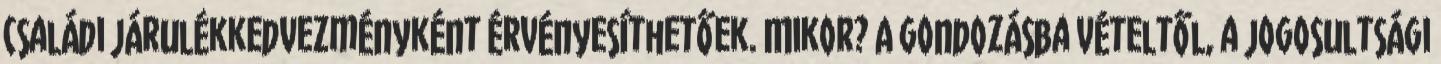
családi járulékkedvezményként érvényesíthetőek. Mikor? A gondozásba vételtől, a jogosultsági